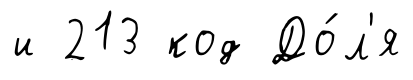
и 213 код До́л'я